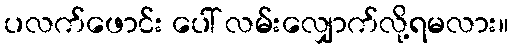
ပလက်ဖောင်း ပေါ် လမ်းလျှောက်လို့ရမလား။